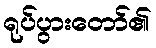
ရုပ်ပွားတော်၏